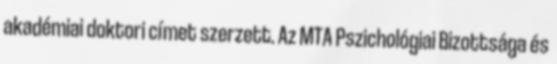
akadémiai doktori címet szerzett. Az MTA Pszichológiai Bizottsága és